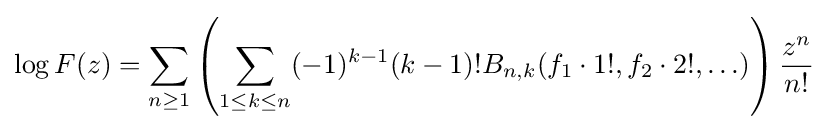
\log F(z)=\sum _{n\geq 1}\left(\sum _{1\leq k\leq n}(-1)^{k-1}(k-1)!B_{n,k}(f_{1}\cdot 1!,f_{2}\cdot 2!,\ldots )\right){\frac {z^{n}}{n!}}